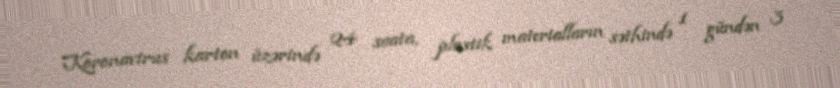
Koronavirus karton üzərində 24 saata, plastik materialların səthində 1 gündən 3